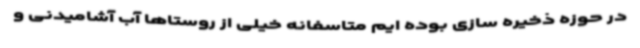
در حوزه ذخیره سازی بوده ایم متاسفانه خیلی از روستاها آب آشامیدنی و